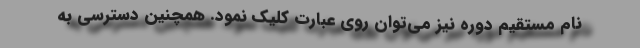
نام مستقیم دوره نیز می‌توان روی عبارت کلیک نمود. همچنین دسترسی به